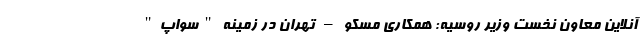
آنلاین معاون نخست وزیر روسیه: همکاری مسکو – تهران در زمینه "سواپ"